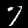
Digit: 7